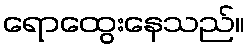
ရောထွေးနေသည်။